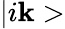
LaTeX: |i\mathbf{k}>